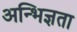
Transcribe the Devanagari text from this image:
अन्भिज्ञता